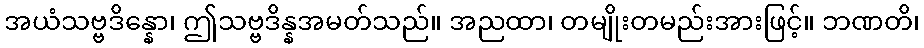
အယံသဗ္ဗဒိန္နော၊ ဤသဗ္ဗဒိန္နအမတ်သည်။ အညထာ၊ တမျိုးတမည်းအားဖြင့်။ ဘဏတိ၊